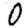
Digit: 0